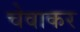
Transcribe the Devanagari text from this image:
चेवाकर